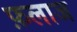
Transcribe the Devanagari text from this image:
फ़लाज